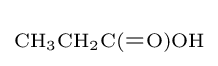
{\ce {\scriptstyle CH3CH2C(=O)OH}}